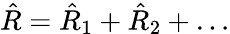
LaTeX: \hat{R}=\hat{R}_{1}+\hat{R}_{2}+\dots